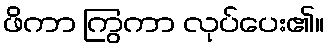
ဖိကာ ကြွကာ လုပ်ပေး၏။